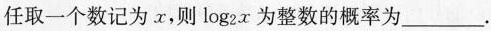
任取一个数记为x，则log_{2}x为整数的概率为___。